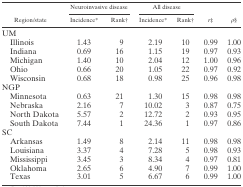
<table><thead><tr><td rowspan="2"><b>Region/state</b></td><td colspan="2"><b>Neuroinvasive disease</b></td><td colspan="2"><b>All disease</b></td><td rowspan="2"><b><i>r</i>‡</b></td><td rowspan="2"><b><i>ρ</i>§</b></td></tr><tr><td><b>Incidence*</b></td><td><b>Rank†</b></td><td><b>Incidence*</b></td><td><b>Rank†</b></td></tr></thead><tbody><tr><td colspan="7">UM</td></tr><tr><td> Illinois</td><td>1.43</td><td>9</td><td>2.19</td><td>10</td><td>0.99</td><td>1.00</td></tr><tr><td> Indiana</td><td>0.69</td><td>16</td><td>1.15</td><td>19</td><td>0.97</td><td>0.93</td></tr><tr><td> Michigan</td><td>1.40</td><td>10</td><td>2.04</td><td>12</td><td>1.00</td><td>0.96</td></tr><tr><td> Ohio</td><td>0.66</td><td>20</td><td>1.05</td><td>22</td><td>0.97</td><td>0.92</td></tr><tr><td> Wisconsin</td><td>0.68</td><td>18</td><td>0.98</td><td>25</td><td>0.96</td><td>0.98</td></tr><tr><td colspan="7">NGP</td></tr><tr><td> Minnesota</td><td>0.63</td><td>21</td><td>1.30</td><td>15</td><td>0.98</td><td>0.98</td></tr><tr><td> Nebraska</td><td>2.16</td><td>7</td><td>10.02</td><td>3</td><td>0.87</td><td>0.75</td></tr><tr><td> North Dakota</td><td>5.57</td><td>2</td><td>12.72</td><td>2</td><td>0.93</td><td>0.95</td></tr><tr><td> South Dakota</td><td>7.44</td><td>1</td><td>24.36</td><td>1</td><td>0.97</td><td>0.86</td></tr><tr><td colspan="7">SC</td></tr><tr><td> Arkansas</td><td>1.49</td><td>8</td><td>2.14</td><td>11</td><td>0.98</td><td>0.98</td></tr><tr><td> Louisiana</td><td>3.37</td><td>4</td><td>7.28</td><td>5</td><td>0.98</td><td>0.93</td></tr><tr><td> Mississippi</td><td>3.45</td><td>3</td><td>8.34</td><td>4</td><td>0.97</td><td>0.81</td></tr><tr><td> Oklahoma</td><td>2.65</td><td>6</td><td>4.90</td><td>7</td><td>0.99</td><td>1.00</td></tr><tr><td> Texas</td><td>3.01</td><td>5</td><td>6.67</td><td>6</td><td>0.99</td><td>1.00</td></tr></tbody></table>